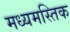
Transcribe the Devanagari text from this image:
मध्यमस्तिक